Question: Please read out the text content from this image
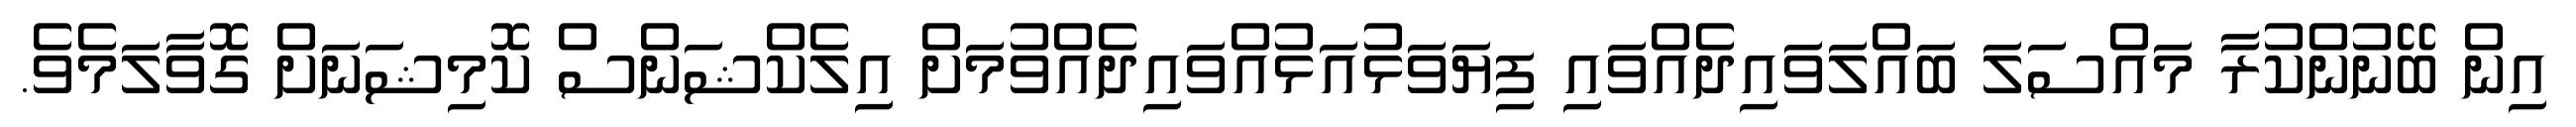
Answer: އިން ބޭނުންކުރާ މައްސަލަ ބައްލަވައިދެއްވައި ފިޔަވަޅުއަޅުއްވައިދެއްވުމަށް އިލެކްޝަންސް ކޮމިޝަނަށް ގޮވާލަމެވެ.